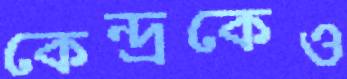
কেন্দ্রকেও